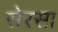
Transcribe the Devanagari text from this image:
सेरसा